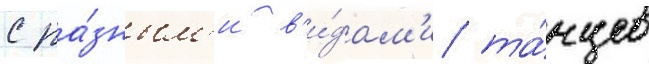
с ра́зным'и в'и́дам'и та́нцев